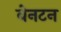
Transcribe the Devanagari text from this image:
बेनटन